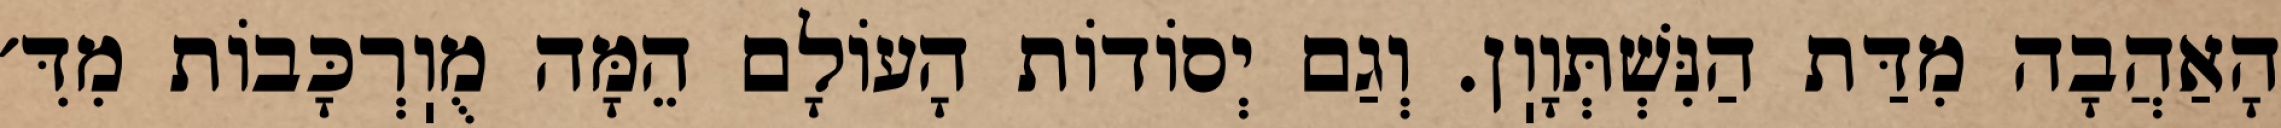
הָאַהֲבָה מִדַּת הַנִּשְׁתְּוָוֽן. וְגַם יְסוֹדוֹת הָעוֹלָם הֵמָּה מֻוֽרְכָּבוֹת מִדִּ׳